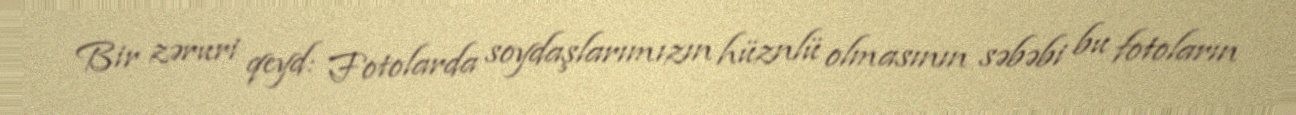
Bir zəruri qeyd: Fotolarda soydaşlarımızın hüznlü olmasının səbəbi bu fotoların